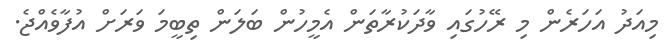
މިއަދު އަހަރެން މި ރޭހުގައި ވާދަކުރާތަން އެމީހުން ބަލަން ތިބީމަ ވަރަށް އުފާވެއްޖެ.